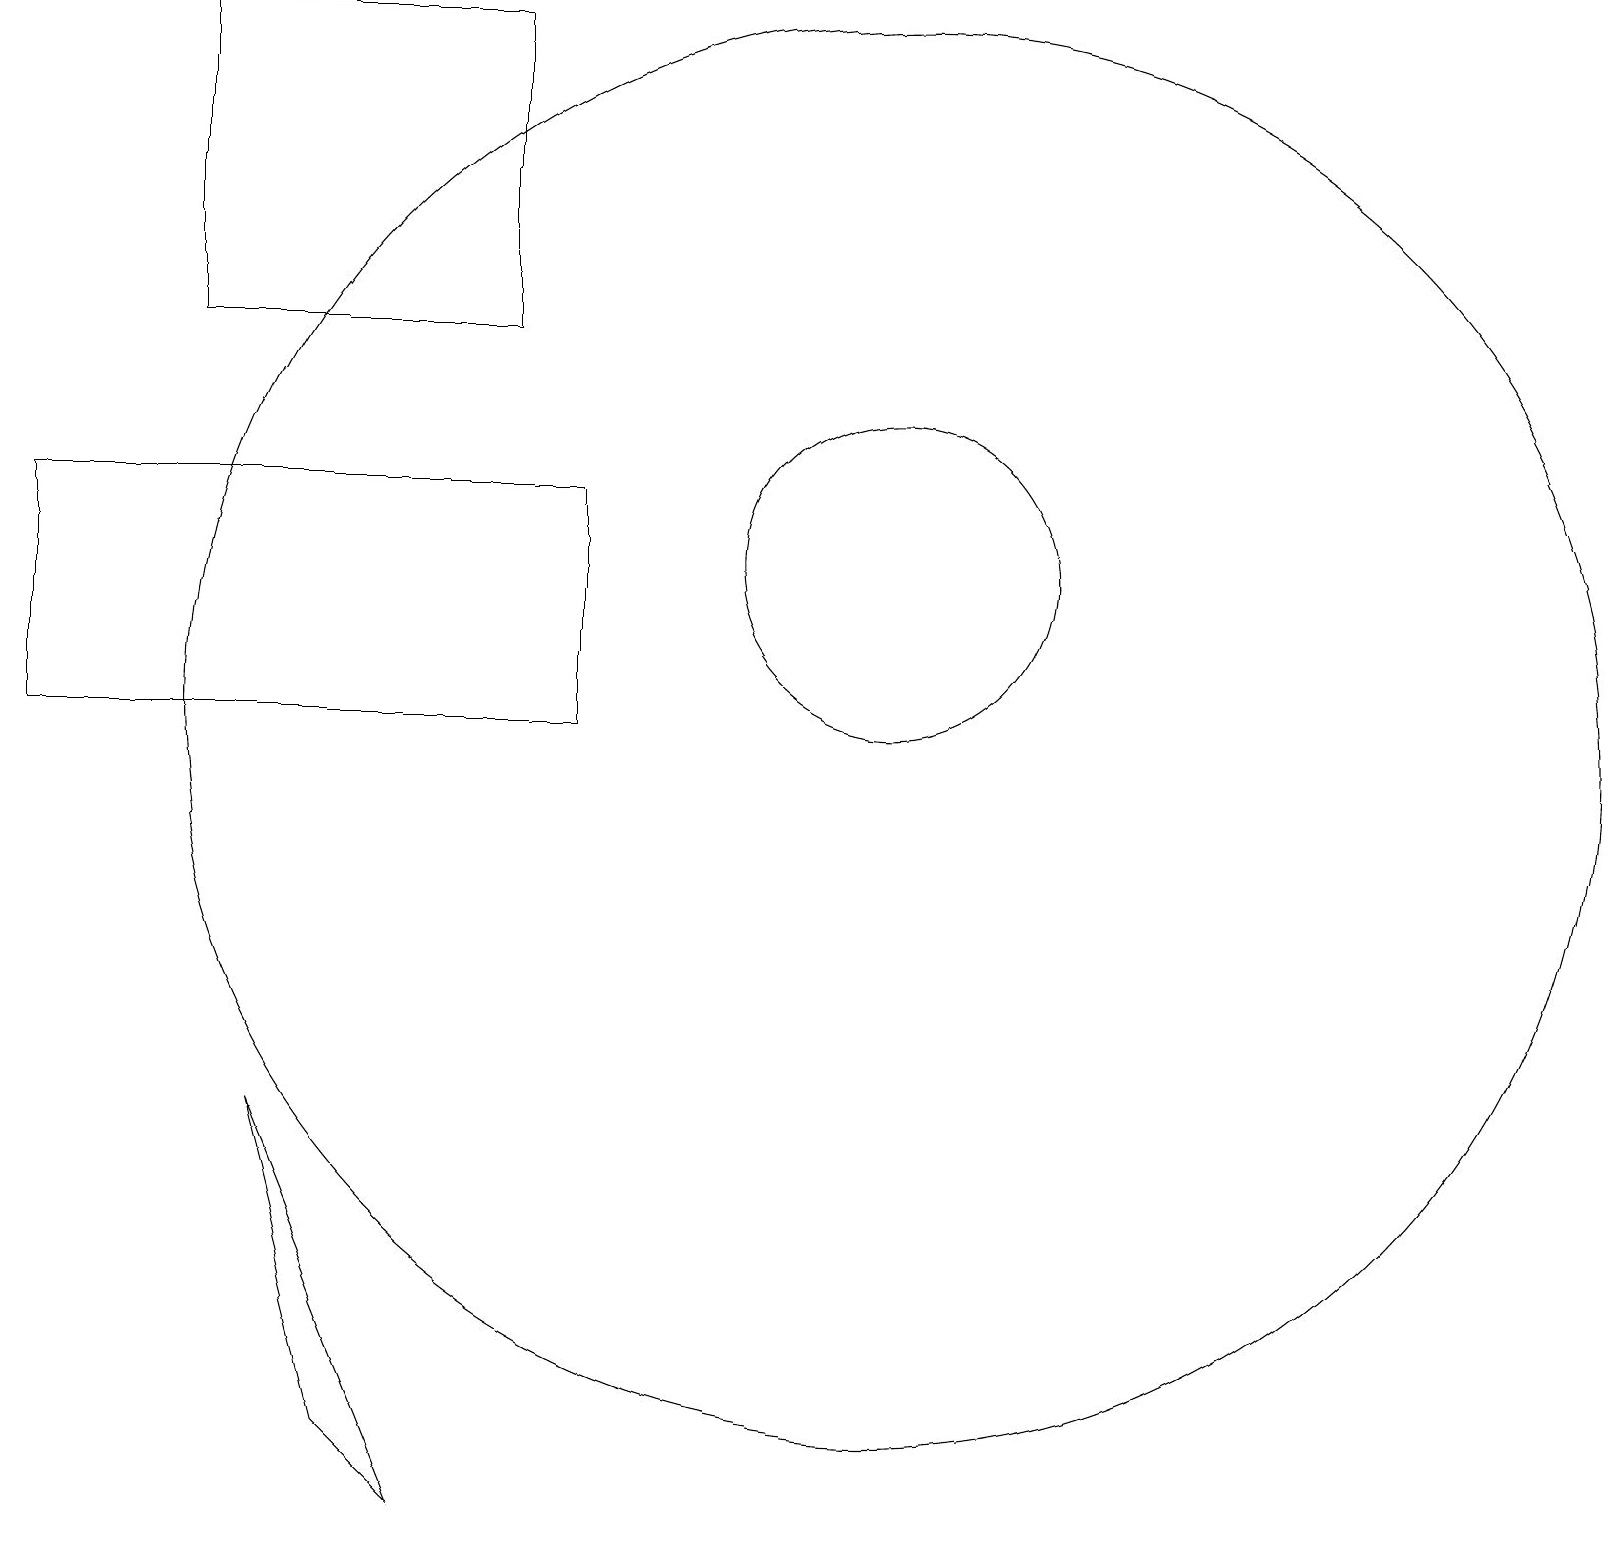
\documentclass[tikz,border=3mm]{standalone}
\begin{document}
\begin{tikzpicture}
\draw (2,19) rectangle (6,15);
\draw (11,12) circle (2);
\draw (5,0) -- (4,1) -- (3,5) -- cycle;
\draw (11,10) circle (9);
\draw (7,10) rectangle (0,13);
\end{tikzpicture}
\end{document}